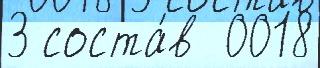
3 соста́в  0018